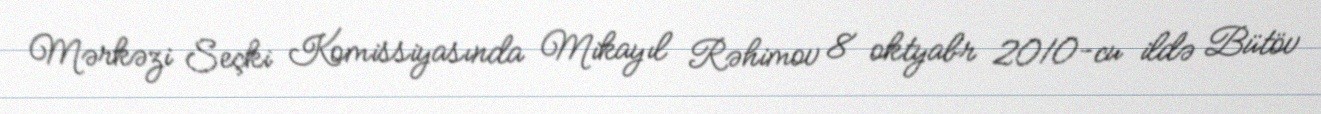
Mərkəzi Seçki Komissiyasında Mikayıl Rəhimov 8 oktyabr 2010-cu ildə Bütöv